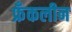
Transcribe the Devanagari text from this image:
फ्रँकलीन